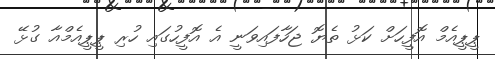
ޕީޕީއެމް އޮފީހަށް ކަޅު ތެޔޮ ޖަހާފައިވަނީ އެ އޮފީހުގައި ހުރި ޕީޕީއެމްއާ ގުޅޭ